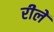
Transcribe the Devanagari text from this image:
रीलें